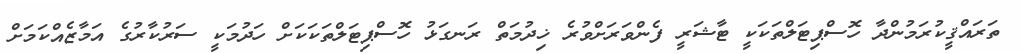
ތަރައްޤީކުރަމުންދާ ހޮސްޕިޓަލްތަކަކީ ޓާޝަރީ ފެންވަރަށްވުރެ ޚިދުމަތް ރަނގަޅު ހޮސްޕިޓަލްތަކަކަށް ހަދުމަކީ ސަރުކާރުގެ އަމާޒެއްކަމަށް